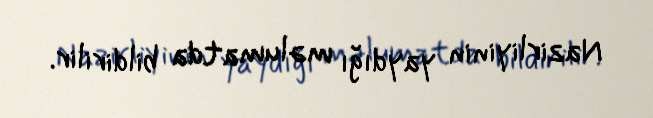
Nazirliyinin yaydığı məlumatda bildirilir.